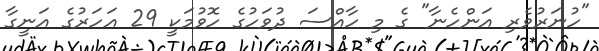
"ހުނަރުވެރި އަންހެނާ" ގެ މި ހާއްސަ ދުވަހުގެ ހޮވުމަކީ 29 އަހަރުގެ އަނީގާ